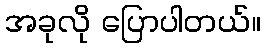
အခုလို ပြောပါတယ်။